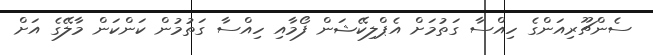
ސެންޗޫރިއަންގެ ހިއްސާ ގަތުމަށް އެޕްލިކޭޝަން ފޯމާއި ހިއްސާ ގަތުމުން ކަންކަން މާލޭގެ އަށް